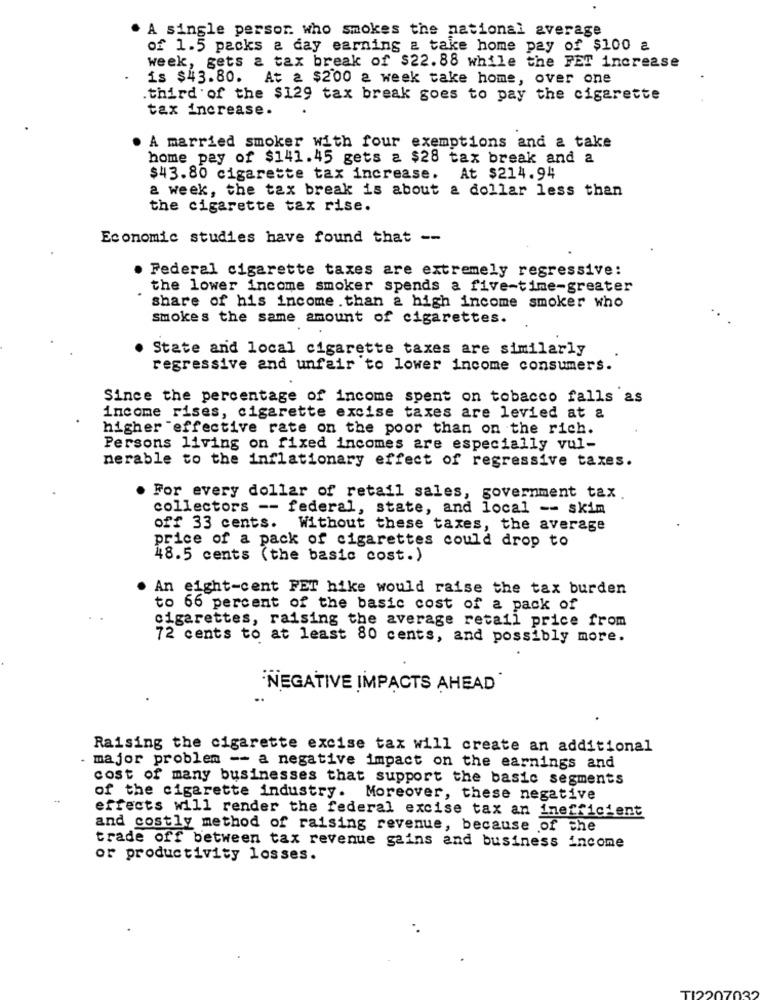
. A single person who smokes the national average
of 1.5 packs a day earning a take home pay of $100 a
week, gets a tax break of $22.88 while the FET increase
is $43.80.
At a $200 a week take home, over one
.third of the $129 tax break goes to pay the cigarette
tax increase.
. A married smoker with four exemptions and & take
home pay of $141.45 gets a $28 tax break and a
$43.80 cigarette tax increase. At $214.94
a week, the tax break is about a dollar less than
the cigarette tax rise.
Economic studies have found that --
. Federal cigarette taxes are extremely regressive:
the lower income smoker spends a five-time-greater
share of his income .than a high income smoker who
smokes the same amount of cigarettes.
State and local cigarette taxes are similarly
regressive and unfair to lower income consumers.
Since the percentage of income spent on tobacco falls as
income rises, cigarette excise taxes are levied at a
higher effective rate on the poor than on the rich.
Persons living on fixed incomes are especially vul-
nerable to the inflationary effect of regressive taxes.
. For every dollar of retail sales, government tax.
collectors -- federal, state, and local -- skim
off 33 cents. Without these taxes, the average
price of a pack of cigarettes could drop to
48.5 cents (the basic cost.)
An eight-cent FET hike would raise the tax burden
to 66 percent of the basic cost of a pack of
cigarettes, raising the average retail price from
72 cents to at least 80 cents, and possibly more.
NEGATIVE IMPACTS AHEAD"
Raising the cigarette excise tax will create an additional
. major problem -- a negative impact on the earnings and
cost of many businesses that support the basic segments
-
of the cigarette industry. Moreover, these negative
effects will render the federal excise tax an inefficient
and costly method of raising revenue, because of the
trade off between tax revenue gains and business income
or productivity losses.